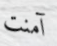
آمنت